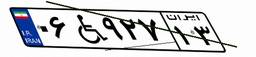
۰۶W۹۲۷۱۳